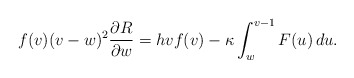
\begin{align*}f(v)(v-w)^2\frac{\partial R}{\partial w}=hvf(v)-\kappa\int_w^{v-1}F(u)\,du.\end{align*}